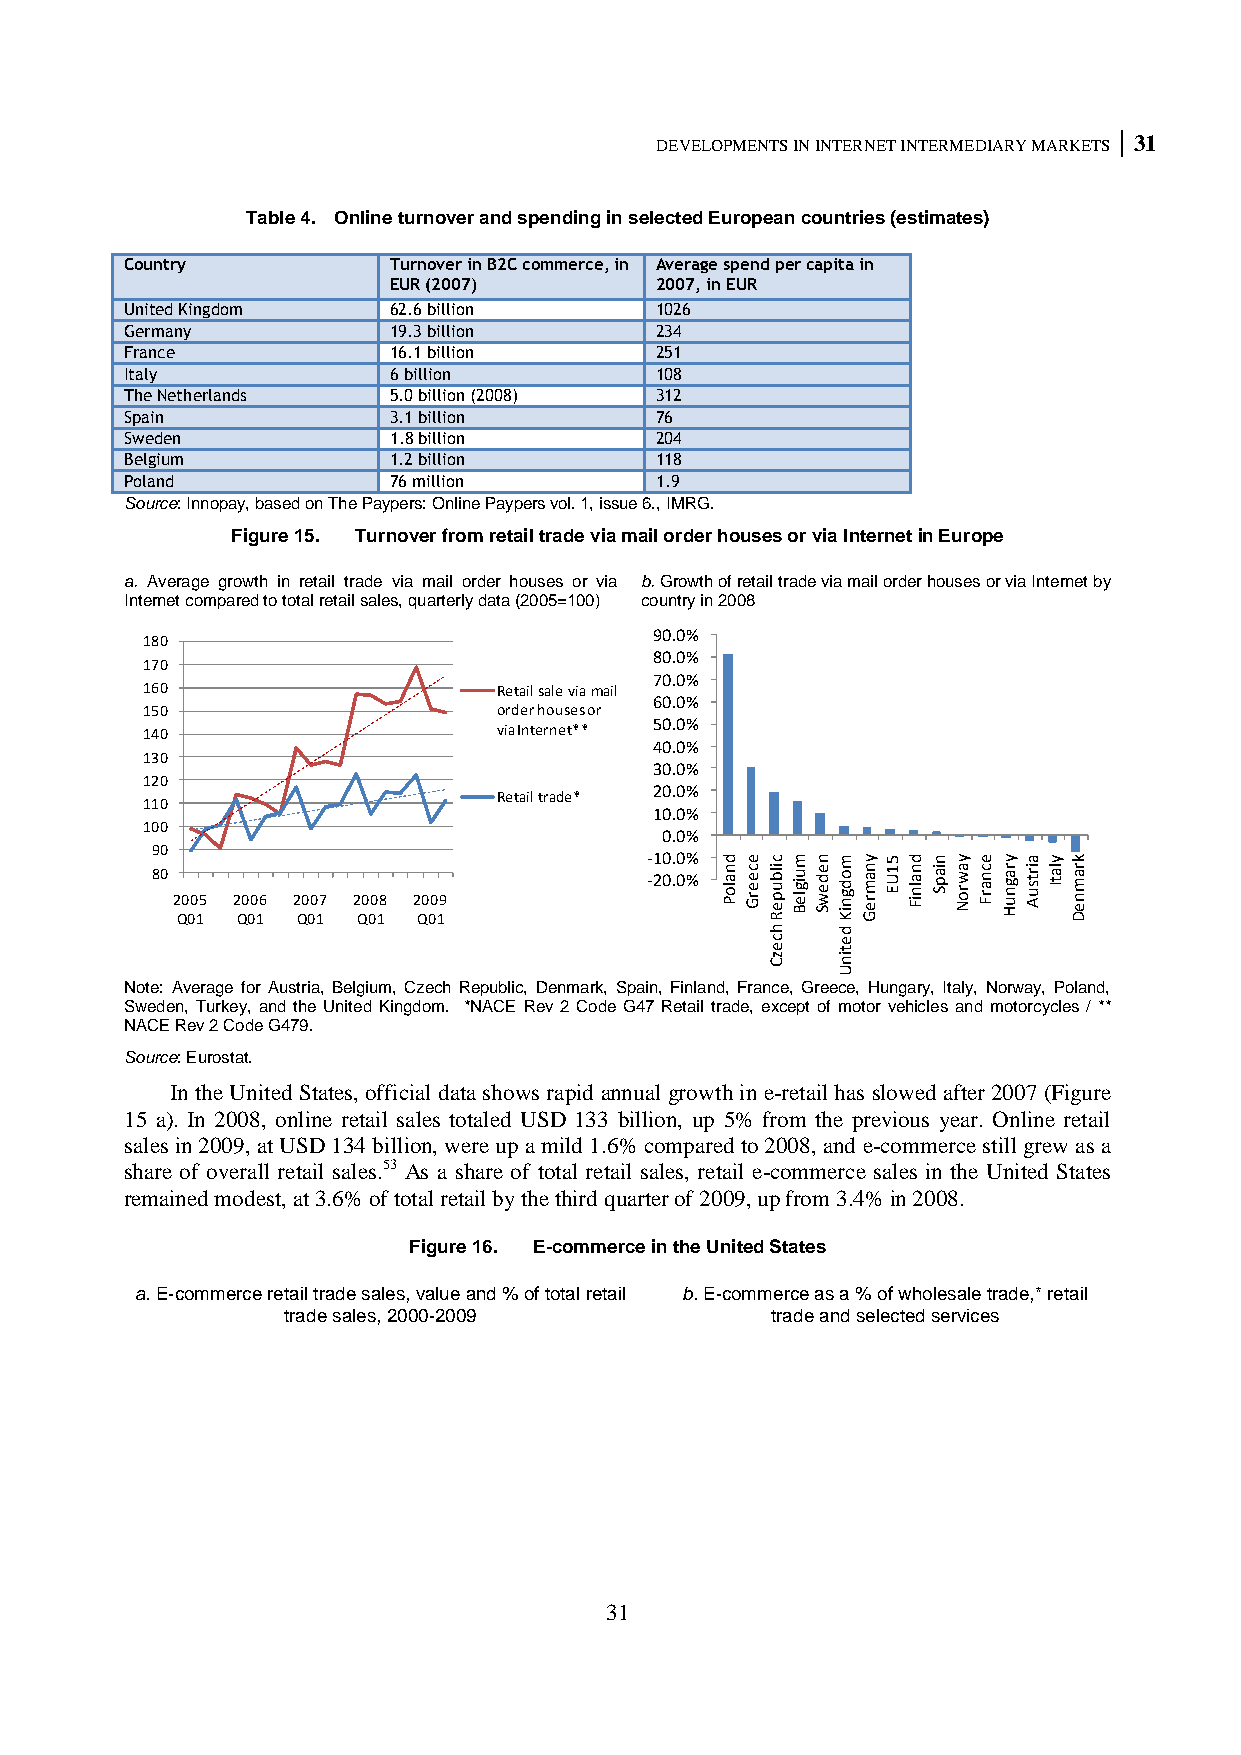
DEVELOPMENTS IN INTERNET INTERMEDIARY MARKETS 31
 Table 4. Online turnover and spending in selected European countries (estimates)
 Country           Turnover in B2C commerce, in Average spend per capita in
 EUR (2007)       2007, in EUR
 United Kingdom    62.6 billion     1026
 Germany           19.3 billion     234
 France            16.1 billion     251
 Italy             6 billion        108
 The Netherlands   5.0 billion (2008) 312
 Spain             3.1 billion      76
 Sweden            1.8 billion      204
 Belgium           1.2 billion      118
 Poland            76 million       1.9
 Source: Innopay, based on The Paypers: Online Paypers vol. 1, issue 6., IMRG.
 Figure 15. Turnover from retail trade via mail order houses or via Internet in Europe
 a. Average growth in retail trade via mail order houses or via b. Growth of retail trade via mail order houses or via Internet by
 Internet compared to total retail sales, quarterly data (2005=100) country in 2008
 90.0%
 180
 80.0%
 170
 70.0%
 160                     Retail sale via mail
 60.0%
 150                     order houses or
 50.0%
 140                     via Internet**
 40.0%
 130
 30.0%
 120
 20.0%
 Retail trade*
 110
 10.0%
 100
 0.0%
 90
 -10.0% decmnmy5dnyeyayk
 80 2 Q0 00 15 2 Q0 00 16 2 Q0 00 17 2 Q0 00 18 2 Q0 00 19 -20.0% n a lo Pc e e rGilb u p e R hu ig le Be d e w So d g n iK dn a m r e G1 U En a ln iFia p Sa w r o Nc n a r Fra g n u Hirts u Ala tIra m n e D
 c e z
 C
 e tin
 U
 Note: Average for Austria, Belgium, Czech Republic, Denmark, Spain, Finland, France, Greece, Hungary, Italy, Norway, Poland,
 Sweden, Turkey, and the United Kingdom. *NACE Rev 2 Code G47 Retail trade, except of motor vehicles and motorcycles / **
 NACE Rev 2 Code G479.
 Source: Eurostat.
 In the United States, official data shows rapid annual growth in e-retail has slowed after 2007 (Figure
 15 a). In 2008, online retail sales totaled USD 133 billion, up 5% from the previous year. Online retail
 sales in 2009, at USD 134 billion, were up a mild 1.6% compared to 2008, and e-commerce still grew as a
 share of overall retail sales.53 As a share of total retail sales, retail e-commerce sales in the United States
 remained modest, at 3.6% of total retail by the third quarter of 2009, up from 3.4% in 2008.
 Figure 16. E-commerce in the United States
 a. E-commerce retail trade sales, value and % of total retail b. E-commerce as a % of wholesale trade,* retail
 trade sales, 2000-2009          trade and selected services
 31